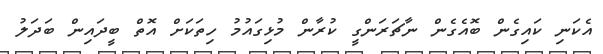
އެކަނި ކައިގެން ބޮއެގެން ނާޗަރަންގީ ކުރާން މުޅިގައުމު ހިތަކަށް އޮތް ބީދައިން ބަދަލު